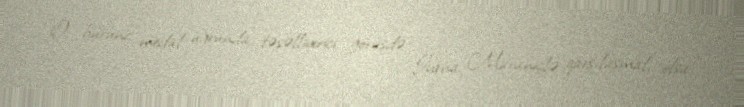
O, bürünc medal uğrunda təsəlliverici görüşdə İvana Maraniçlə qarşılaşmalı olsa